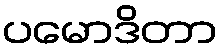
ပမောဒိတာ